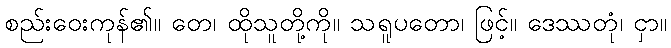
စည်းဝေးကုန်၏။ တေ၊ ထိုသူတို့ကို။ သရူပတော၊ ဖြင့်။ ဒေဿတုံ၊ ငှာ။